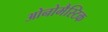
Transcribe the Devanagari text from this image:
ओनोमैस्टिक